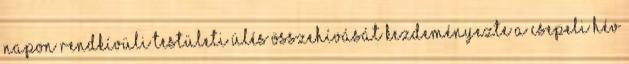
napon rendkívüli testületi ülés összehívását kezdeményezte a csepeli HÉV